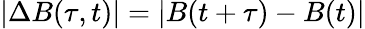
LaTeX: |\Delta B(\tau,t)|=|B(t+\tau)-B(t)|